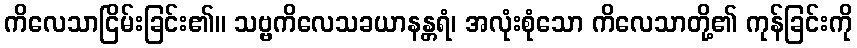
ကိလေသာငြိမ်းခြင်း၏။ သဗ္ဗကိလေသခယာနန္တရံ၊ အလုံးစုံသော ကိလေသာတို့၏ ကုန်ခြင်းကို